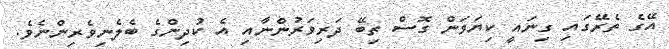
އޭގެ ތެރޭގައި ގިނައީ ކިޔަވަން ގޮސް ތިބޭ ދަރިވަރުންނާއި އެ ކުދިންގެ ބެލެނިވެރިންނެވެ.